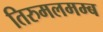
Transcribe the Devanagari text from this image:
तिरुमलमम्ब